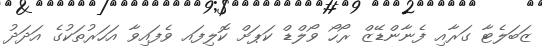
ޒަބަލެޓާ ގަރާއި ފެނާންޑޭޒް ރޯހޯ ވޯލްޑް ކަޕަށް ކޮލިފައ ވެފައިވާ އަހަރުތަކުގެ އަދަދު